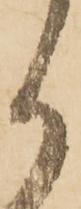
か